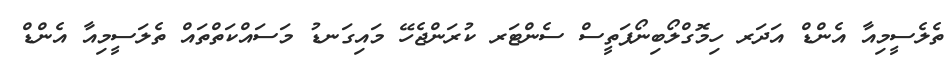
ތެލެސީމިއާ އެންޑް އަދަރ ހިމޮގްލޯބިނޯޕަތީސް ސެންޓަރ ކުރަންޖެހޭ މައިގަނޑު މަސައްކަތްތައް ތެލަސީމިއާ އެންޑް